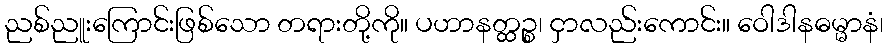
ညစ်ညူးကြောင်းဖြစ်သော တရားတို့ကို။ ပဟာနတ္ထဉ္စ၊ ငှာလည်းကောင်း။ ဝေါဒါနဓမ္မာနံ၊